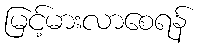
မြင့်မားလာစေရန်